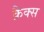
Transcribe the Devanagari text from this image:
क्रैक्‍स